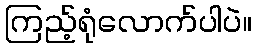
ကြည့်ရုံလောက်ပါပဲ။